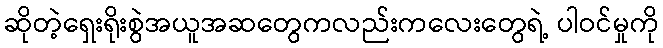
ဆိုတဲ့ရှေးရိုးစွဲအယူအဆတွေကလည်းကလေးတွေရဲ့ ပါဝင်မှုကို